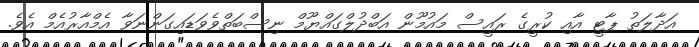
އަދާލަތު ޕާޓީ އާއި ކުރީގެ ރައީސް މައުމޫން އަބްދުލްގައްޔޫމް ނިސްބަތްވެވަޑައިގަންނަވާ އެމްއާރުއެމް އެވެ.